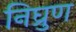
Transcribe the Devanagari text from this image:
निघ्रुण